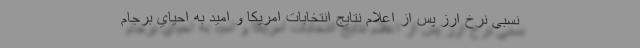
نسبي نرخ ارز پس از اعلام نتايج انتخابات امريكا و اميد به احياي برجام